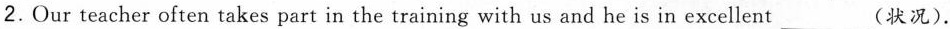
2. Our teacher often takes part in the training with us and he is in excellent___(状况).